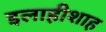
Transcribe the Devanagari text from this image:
इलाहीशाह